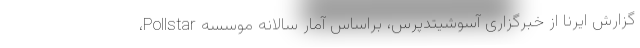
گزارش ایرنا از خبرگزاری آسوشیتدپرس، براساس آمار سالانه موسسه Pollstar،